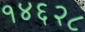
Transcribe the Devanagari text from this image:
१४६२८